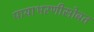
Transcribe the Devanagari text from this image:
पायाभरणीसोबत